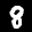
Label: 8